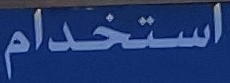
استخدام